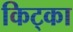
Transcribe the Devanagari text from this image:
किट्का